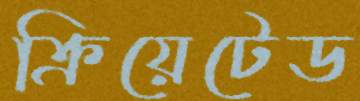
ক্রিয়েটেড